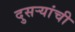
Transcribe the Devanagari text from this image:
दुसऱ्यांची